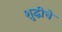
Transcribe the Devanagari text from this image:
शुद्धीचे